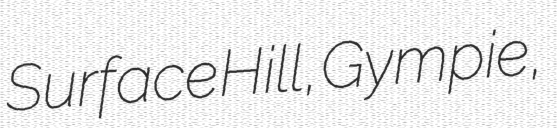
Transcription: Surface Hill, Gympie,